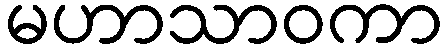
မဟာသာဝကာ